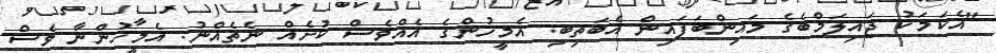
"އެކަމަކު ޖައިލަމްބެގެ މައިންބަފައިން އެބަތިބި. އެމީހުންގެ އެއްވެސް ކުށެއް ނެތެއްނު. އެމީހުންނާ ވެސް